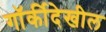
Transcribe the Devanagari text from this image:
गॉर्कीदेखील